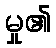
မှု၏